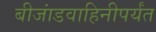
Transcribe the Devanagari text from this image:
बीजांडवाहिनीपर्यंत